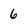
Character: 6